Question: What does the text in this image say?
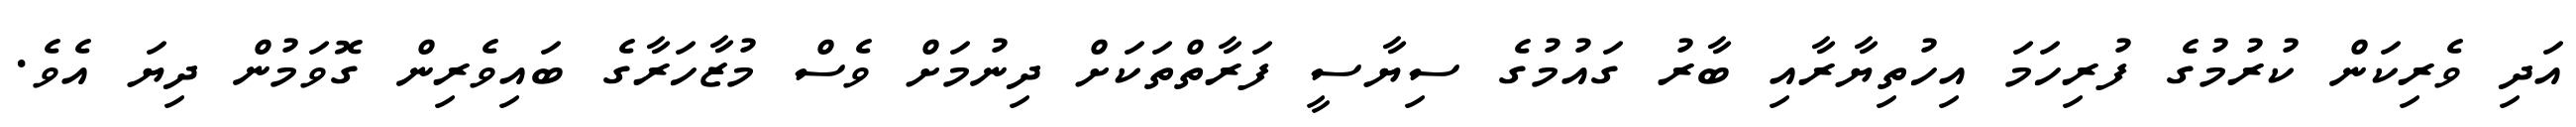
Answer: އަދި ވެރިކަން ކުރުމުގެ ފުރިހަމަ އިހުތިޔާރާއި ބާރު ގައުމުގެ ސިޔާސީ ފަރާތްތަކަށް ދިނުމަށް ވެސް މުޒާހަރާގެ ބައިވެރިން ގޮވަމުން ދިޔަ އެވެ.